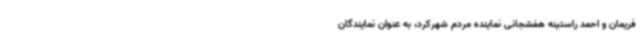
فریمان و احمد راستینه هفشجانی نماینده مردم شهرکرد، به عنوان نمایندگان